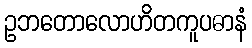
ဥဘတောလောဟိတကူပဓာနံ